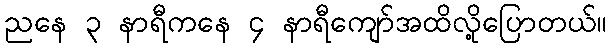
ညနေ ၃ နာရီကနေ ၄ နာရီကျော်အထိလို့ပြောတယ်။